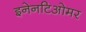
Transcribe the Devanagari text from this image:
इनेनटिओमर